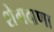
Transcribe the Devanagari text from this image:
शेगदाणा